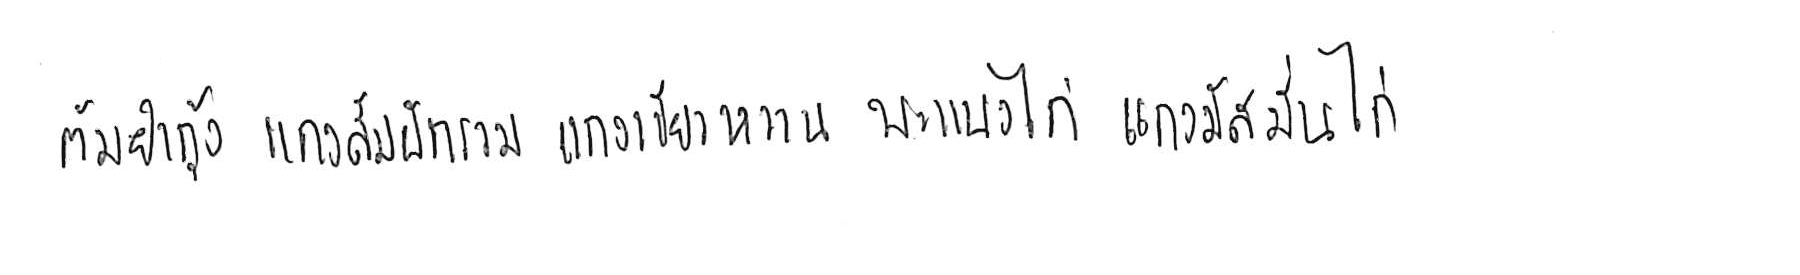
ต้มยำกุ้ง แกงส้มผักรวม แกงเขียวหวาน พะแนงไก่ แกงมัสมั่นไก่